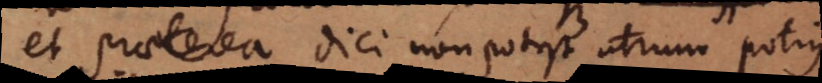
et praeterea dici non potest utrum potius